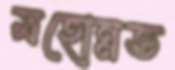
মহোন্নত